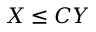
X \le C Y